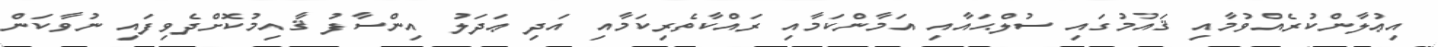
އިޢުލާންކުރެއްވުމާއި ޤައުމުގައި ސުލްޙައާއި އަމާންކަމާއި ރައްކާތެރިކަމާއި އަދި ޢަދަލު އިންސާފު ޤާއިމުކޮށްދެވިފައި ނުވާކަން